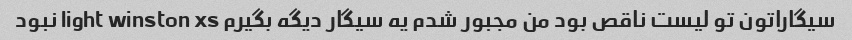
سیگاراتون تو لیست ناقص بود من مجبور شدم یه سیگار دیگه بگیرم light winston xs نبود